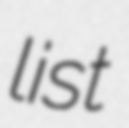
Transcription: list